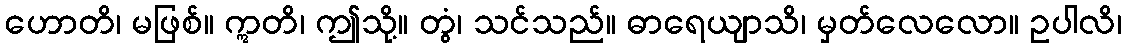
ဟောတိ၊ မဖြစ်။ ဣတိ၊ ဤသို့။ တွံ၊ သင်သည်။ ဓာရေယျာသိ၊ မှတ်လေလော။ ဥပါလိ၊